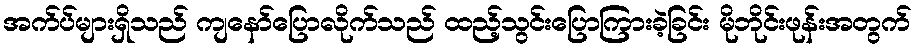
အက်ပ်များရှိသည် ကျနော်ပြောလိုက်သည် ထည့်သွင်းပြောကြားခဲ့ခြင်း မိုဘိုင်းဖုန်းအတွက်